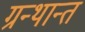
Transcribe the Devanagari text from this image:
ग्रन्थान्त